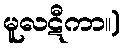
မူလဋီကာ။)